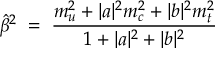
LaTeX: \hat { \beta } ^ { 2 } \; = \; \frac { m _ { u } ^ { 2 } + | a | ^ { 2 } m _ { c } ^ { 2 } + | b | ^ { 2 } m _ { t } ^ { 2 } } { 1 + | a | ^ { 2 } + | b | ^ { 2 } }